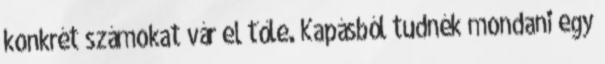
konkrét számokat vár el tőle. Kapásból tudnék mondani egy